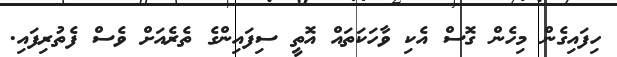
ހިފައިގެން މިހެން ގޮސް އެކި ވާހަކަތައް އޮތީ ސިފައިންގެ ތެރެއަށް ވެސް ފެތުރިފައި.